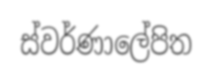
ස්වර්ණාලේපිත